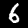
Digit: 6